Report of the Indian Hemp Drugs Commission, 1894-1895 - Volume IV
Year: 1894
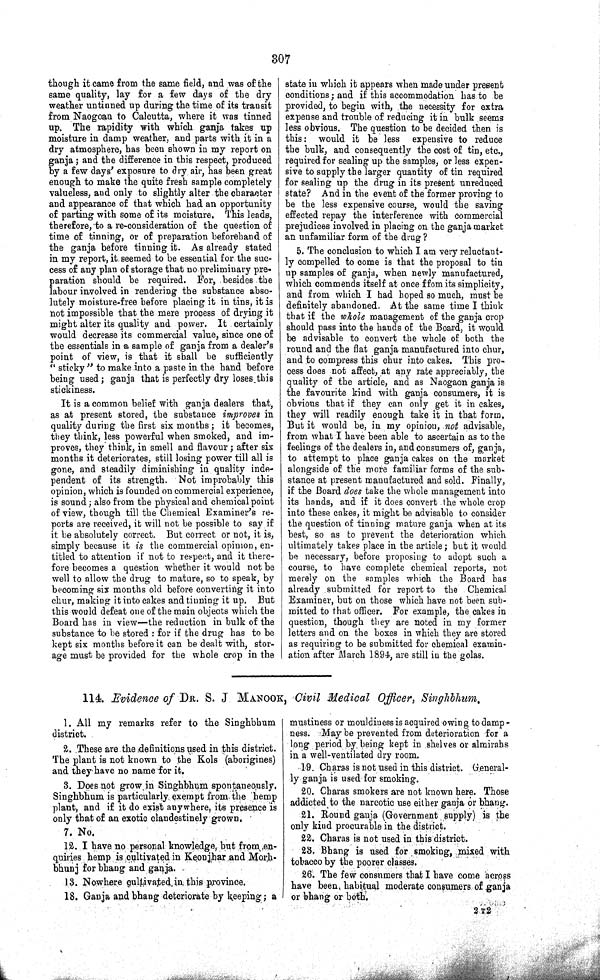
307
though it came from the same field, and was of the
same quality, lay for a few days of the dry
weather untinned up during the time of its transit
from Naogoan to Calcutta, where it was tinned
up. The rapidity with which ganja takes up
moisture in damp weather, and parts with it in a
dry atmosphere, has been shown in my report on
ganja; and the difference in this respect, produced
by a few days' exposure to dry air, has been great
enough to make the quite fresh sample completely
valueless, and only to slightly alter the character
and appearance of that which had an opportunity
of parting with some of its moisture. This leads,
therefore, to a re-consideration of the question of
time of tinning, or of preparation beforehand of
the ganja before tinning it. As already stated
in my report, it seemed to be essential for the suc-
cess of any plan of storage that no preliminary pre-
paration should be required. For, besides the
labour involved in rendering the substance abso-
lutely moisture-free before placing it in tins, it is
not impossible that the mere process of drying it
might alter its quality and power. It certainly
would decrease its commercial value, since one of
the essentials in a sample of ganja from a dealer's
point of view, is that it shall be sufficiently
"sticky" to make into a paste in the hand before
being used; ganja that is perfectly dry loses this
stickiness.
It is a common belief with ganja dealers that,
as at present stored, the substance improves in
quality during the first six months; it becomes,
they think, less powerful when smoked, and im-
proves, they think, in smell and flavour; after six
months it deteriorates, still losing power till all is
gone, and steadily diminishing in quality inde-
pendent of its strength. Not improbably this
opinion, which is founded on commercial experience,
is sound; also from the physical and chemical point
of view, though till the Chemical Examiner's re-
ports are received, it will not be possible to say if
it be absolutely correct. But correct or not, it is,
simply because it is the commercial opinion, en-
titled to attention if not to respect, and it there-
fore becomes a question whether it would not be
well to allow the drug to mature, so to speak, by
becoming six months old before converting it into
chur, making it into cakes and tinning it up. But
this would defeat one of the main objects which the
Board has in view—the reduction in bulk of the
substance to be stored: for if the drug has to be
kept six months before it can be dealt with, stor-
age must be provided for the whole crop in the
state in which it appears when made under present
conditions; and if this accommodation has to be
provided, to begin with, the necessity for extra
expense and trouble of reducing it in bulk seems
less obvious. The question to be decided then is
this: would it be less expensive to reduce
the bulk, and consequently the cost of tin, etc.,
required for sealing up the samples, or less expen-
sive to supply the larger quantity of tin required
for sealing up the drug in its present unreduced
state? And in the event of the former proving to
be the less expensive course, would the saving
effected repay the interference with commercial
prejudices involved in placing on the ganja market
an unfamiliar form of the drug?
5. The conclusion to which I am very reluctant-
ly compelled to come is that the proposal to tin
up samples of ganja, when newly manufactured,
which commends itself at once ffom its simplicity,
and from which I had hoped so much, must be
definitely abandoned. At the same time I think
that if the whole management of the ganja crop
should pass into the hands of the Board, it would
be advisable to convert the whole of both the
round and the flat ganja manufactured into chur,
and to compress this chur into cakes. This pro-
cess does not affect, at any rate appreciably, the
quality of the article, and as Naogaon ganja is
the favourite kind with ganja consumers, it is
obvious that if they can only get it in cakes,
they will readily enough take it in that form.
But it would be, in my opinion, not advisable,
from what I have been able to ascertain as to the
feelings of the dealers in, and consumers of, ganja,
to attempt to place ganja cakes on the market
alongside of the more familiar forms of the sub-
stance at present manufactured and sold. Finally,
if the Board does take the whole management into
its hands, and if it does convert the whole crop
into these cakes, it might be advisable to consider
the question of tinning mature ganja when at its
best, so as to prevent the deterioration which
ultimately takes place in the article; but it would
be necessary, before proposing to adopt such a
course, to have complete chemical reports, not
merely on the samples which the Board has
already submitted for report to the Chemical
Examiner, but on those which have not been sub-
mitted to that officer. For example, the cakes in
question, though they are noted in my former
letters and on the boxes in which they are stored
as requiring to be submitted for chemical examin-
ation after March 1894, are still in the golas.
114. Evidence of DR. S. J MANOOK, Civil Medical Officer, Singhbhum.
1. All my remarks refer to the Singhbhum
district.
2. These are the definitions used in this district.
The plant is not known to the Kols (aborigines)
and they have no name for it.
3. Does not grow in Singhbhum spontaneously.
Singhbhum is particularly exempt from the hemp
plant, and if it do exist anywhere, its presence is
only that of an exotic clandestinely grown.
7. No.
12. I have no personal knowledge, but from en-
quiries hemp is cultivated in Keonjhar and Morh-
bhunj for bhang and ganja.
13. Nowhere cultivated, in this province.
18. Ganja and bhang deteriorate by keeping; a
mustiness or mouldiness is acquired owing to damp -
ness. May be prevented from deterioration for a
long period by being kept in shelves or almirahs
in a well-ventilated dry room.
19. Charas is not used in this district. General-
ly ganja is used for smoking.
20. Charas smokers are not known here. Those
addicted to the narcotic use either ganja or bhang.
21. Round ganja (Government supply) is the
only kind procurable in the district.
22. Charas is not used in this district.
23. Bhang is used for smoking, mixed with
tobacco by the poorer classes.
26. The few consumers that I have come across
have been, habitual moderate consumers of ganja
or bhang or both.
2 T 2